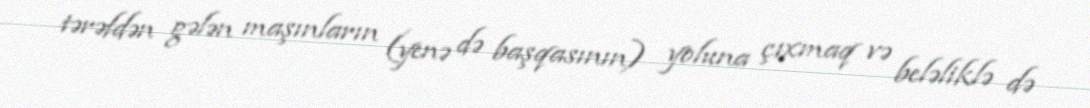
tərəfdən gələn maşınların (yenə də başqasının) yoluna çıxmaq və beləliklə də